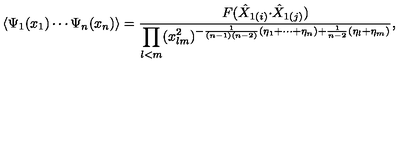
\langle \Psi _ { 1 } ( x _ { 1 } ) \cdots \Psi _ { n } ( x _ { n } ) \rangle = \displaystyle { \frac { F ( \hat { X } _ { 1 ( i ) } { \cdot \hat { X } _ { 1 ( j ) } } ) } { \displaystyle { \prod _ { l < m } ( x _ { l m } ^ { 2 } ) ^ { - \frac { 1 } { ( n - 1 ) ( n - 2 ) } ( \eta _ { 1 } + \cdots + \eta _ { n } ) + \frac { 1 } { n - 2 } ( \eta _ { l } + \eta _ { m } ) } } } } ,